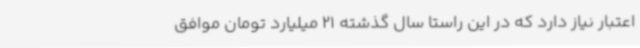
اعتبار نیاز دارد که در این راستا سال گذشته 21 میلیارد تومان موافق